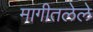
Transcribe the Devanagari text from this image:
मागीतलेले